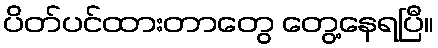
ပိတ်ပင်ထားတာတွေ တွေ့နေရပြီ။